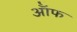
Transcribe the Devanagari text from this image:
र्ऑफ